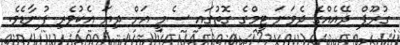
ގުރޫޕް ދޭއެއްގެ ދެވަނަ ޓީމްގެ ގޮތުގައި ސެމީ އަށް ދިޔަ އެކުވެރި ފުނާޑެވެ.